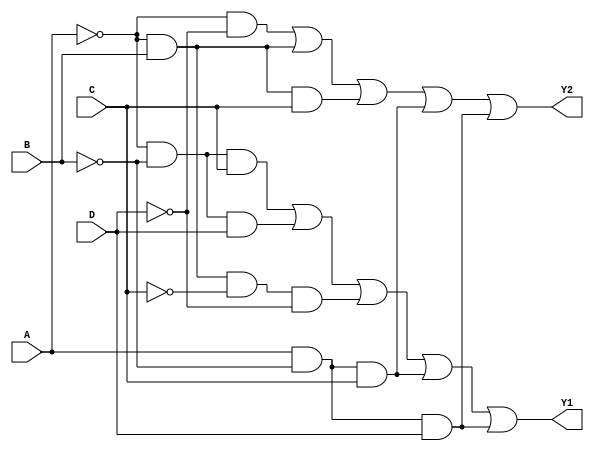
module comb_logic_block (
    input wire A,
    input wire B,
    input wire C,
    input wire D,
    output wire Y1,
    output wire Y2
);

// Intermediate signals for Y1
wire A_not = ~A;
wire B_not = ~B;
wire C_not = ~C;
wire D_not = ~D;

// Logic for Y1
assign Y1 = (A_not & B_not & C) | (A_not & B_not & D) |
            (A_not & B & C_not & D_not) | (A & B_not & C) |
            (A & B_not & D);

// Logic for Y2
assign Y2 = (A_not & D_not) | (A_not & B) | 
            (A_not & B & C) | (A & B_not & C) | 
            (A & B_not & D);

endmodule